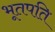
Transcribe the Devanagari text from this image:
भूतपति